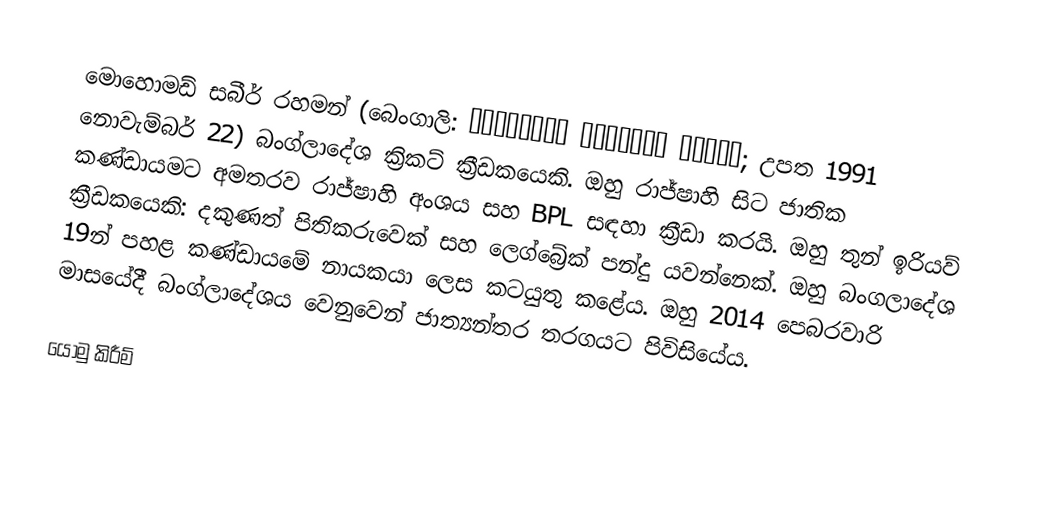
මොහොමඩ් සබීර් රහමන් (බෙංගාලි: মোহাম্মদ সাব্বির রহমান; උපත 1991 නොවැම්බර් 22) බංග්ලාදේශ ක්‍රිකට් ක්‍රීඩකයෙකි. ඔහු රාජ්ෂාහි සිට ජාතික කණ්ඩායමට අමතරව රාජ්ෂාහි අංශය සහ BPL සඳහා ක්‍රීඩා කරයි. ඔහු තුන් ඉරියව් ක්‍රීඩකයෙකි: දකුණත් පිතිකරුවෙක් සහ ලෙග්බ්‍රේක් පන්දු යවන්නෙක්. ඔහු බංගලාදේශ 19න් පහළ කණ්ඩායමේ නායකයා ලෙස කටයුතු කළේය. ඔහු 2014 පෙබරවාරි මාසයේදී බංග්ලාදේශය වෙනුවෙන් ජාත්‍යන්තර තරගයට පිවිසියේය.

යොමු කිරීම්